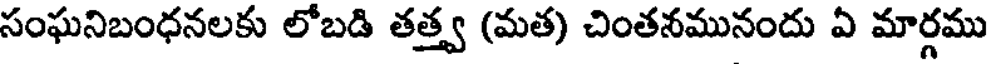
సంఘనిబంధనలకు లోబడి తత్త్వ (మత) చింతనమునందు ఏ మార్గము